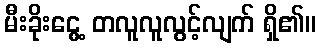
မီးခိုးငွေ့ တလူလူလွင့်လျက် ရှိ၏။